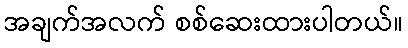
အချက်အလက် စစ်ဆေးထားပါတယ်။